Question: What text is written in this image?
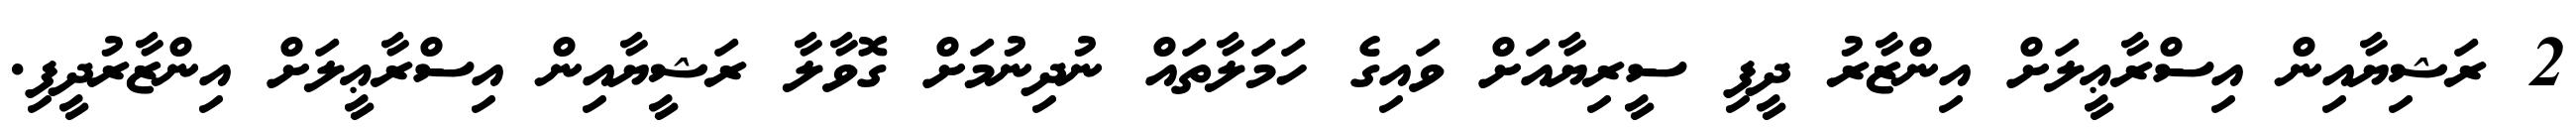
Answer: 2 ރަޝިޔާއިން އިސްރާޢީލަށް އިންޒާރު ދީފި ސީރިޔާއަށް ވައިގެ ހަމަލާތައް ނުދިނުމަށް ގޮވާލާ ރަޝީޔާއިން އިސްރާޢީލަށް އިންޒާރުދީފި.